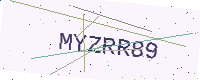
Text: MYZRR89